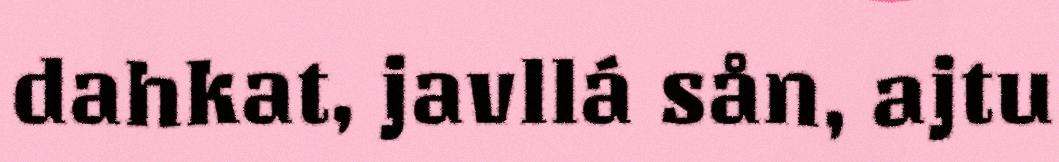
dahkat, javllá sån, ajtu